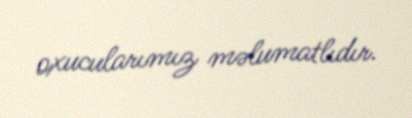
oxucularımız məlumatlıdır.